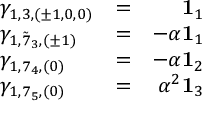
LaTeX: \left. \begin{array} { l l r } { { \gamma _ { 1 , 3 , ( \pm 1 , 0 , 0 ) } } } & { { = } } & { { { \bf 1 } _ { 1 } } } \\ { { \gamma _ { 1 , { \tilde { 7 } } _ { 3 } , ( \pm 1 ) } } } & { { = } } & { { - \alpha { \bf 1 } _ { 1 } } } \\ { { \gamma _ { 1 , 7 _ { 4 } , ( 0 ) } } } & { { = } } & { { - \alpha { \bf 1 } _ { 2 } } } \\ { { \gamma _ { 1 , 7 _ { 5 } , ( 0 ) } } } & { { = } } & { { \alpha ^ { 2 } { \bf 1 } _ { 3 } } } \end{array} \right.